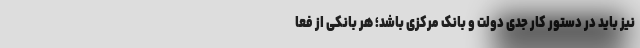
نیز باید در دستور کار جدی دولت و بانک مرکزی باشد؛ هر بانکی از فعا